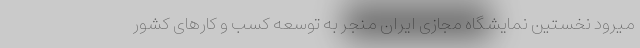
میرود نخستین نمایشگاه مجازی ایران منجر به توسعه کسب و کارهای کشور